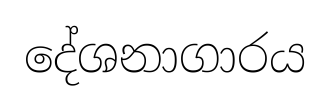
දේශනාගාරය